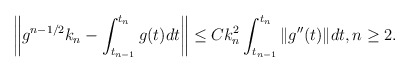
\begin{align*} \left\| g^{n-1/2}k_n - \int_{t_{n-1}}^{t_n} g(t)dt \right\| \leq C k_n^2 \int_{t_{n-1}}^{t_n} \|g''(t)\| dt, n\geq 2. \end{align*}